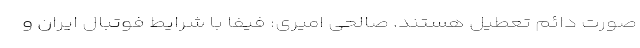
صورت دائم تعطیل هستند. صالحی امیری: فیفا با شرایط فوتبال ایران و